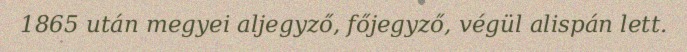
1865 után megyei aljegyző, főjegyző, végül alispán lett.